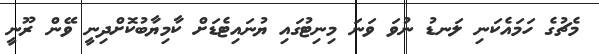
މެޗުގެ ހަމައެކަނި ލަނޑު ނުވަ ވަނަ މިނިޓުގައި ޔުނައިޓެޑަށް ކާމިޔާބުކޮށްދިނީ ވޭން ރޫނީ